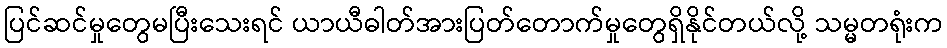
ပြင်ဆင်မှုတွေမပြီးသေးရင် ယာယီဓါတ်အားပြတ်တောက်မှုတွေရှိနိုင်တယ်လို့ သမ္မတရုံးက